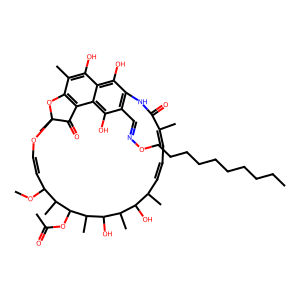
SMILES: CCCCCCCCCCON=Cc1c2c(O)c3c(O)c(C)c4c(c3c1O)C(=O)C(C)(OC=CC(OC)C(C)C(OC(C)=O)C(C)C(O)C(C)C(O)C(C)C=CC=C(C)C(=O)N2)O4
Inhibits HIV replication: No